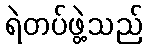
ရဲတပ်ဖွဲ့သည်